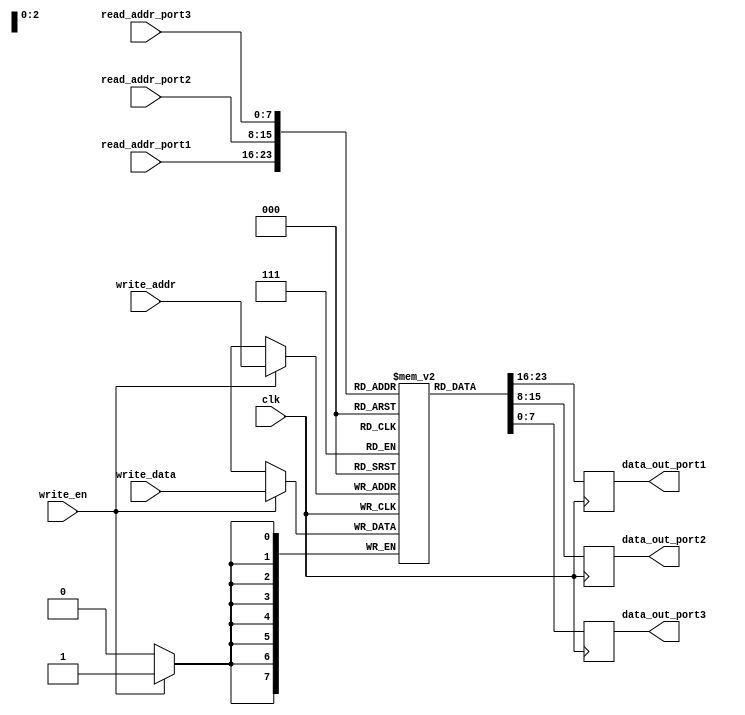
module triple_port_register_file (
  input wire clk,
  input wire [7:0] read_addr_port1,
  input wire [7:0] read_addr_port2,
  input wire [7:0] read_addr_port3,
  input wire [7:0] write_addr,
  input wire [7:0] write_data,
  input wire write_en,
  output wire [7:0] data_out_port1,
  output wire [7:0] data_out_port2,
  output wire [7:0] data_out_port3
);

reg [7:0] memory [0:255];

always @(posedge clk) begin
  if (write_en) begin
    memory[write_addr] <= write_data;
  end
  data_out_port1 <= memory[read_addr_port1];
  data_out_port2 <= memory[read_addr_port2];
  data_out_port3 <= memory[read_addr_port3];
end

endmodule